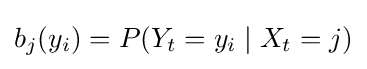
b_{j}(y_{i})=P(Y_{t}=y_{i}\mid X_{t}=j)